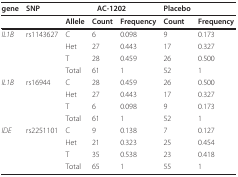
| gene | SNP | <COLSPAN=3> AC-1202 | Placebo |  |
 | --- | --- | --- | --- | --- | --- | --- |
 |  |  | Allele | Count | Frequency | Count | Frequency |
 | IL1B | rs1143627 | C | 6 | 0.098 | 9 | 0.173 |
 |  |  | Het | 27 | 0.443 | 17 | 0.327 |
 |  |  | T | 28 | 0.459 | 26 | 0.500 |
 |  |  | Total | 61 | 1 | 52 | 1 |
 | IL1B | rs16944 | C | 28 | 0.459 | 26 | 0.500 |
 |  |  | Het | 27 | 0.443 | 17 | 0.327 |
 |  |  | T | 6 | 0.098 | 9 | 0.173 |
 |  |  | Total | 61 | 1 | 52 | 1 |
 | IDE | rs2251101 | C | 9 | 0.138 | 7 | 0.127 |
 |  |  | Het | 21 | 0.323 | 25 | 0.454 |
 |  |  | T | 35 | 0.538 | 23 | 0.418 |
 |  |  | Total | 65 | 1 | 55 | 1 |